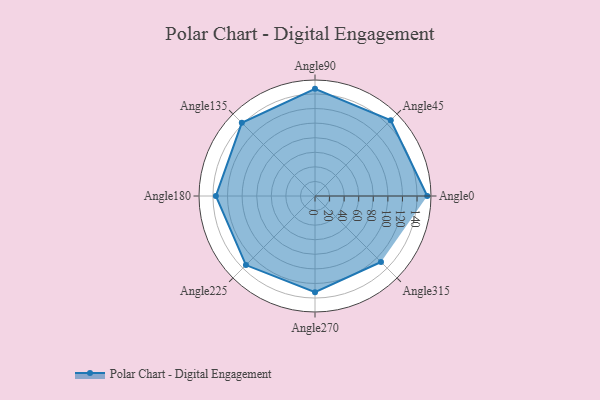
{"axis": {"x": "Angle", "y": "Radius"}, "legend": [""], "data": [{"x": "Angle0", "y": 154.0, "type": ""}, {"x": "Angle45", "y": 147.0, "type": ""}, {"x": "Angle90", "y": 147.0, "type": ""}, {"x": "Angle135", "y": 142.0, "type": ""}, {"x": "Angle180", "y": 136.0, "type": ""}, {"x": "Angle225", "y": 134.0, "type": ""}, {"x": "Angle270", "y": 132.0, "type": ""}, {"x": "Angle315", "y": 128.0, "type": ""}]}